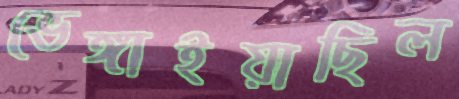
ভেঙ্গাইয়াছিল